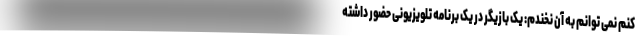
کنم نمی توانم به آن نخندم: یک بازیگر در یک برنامه تلویزیونی حضور داشته